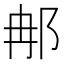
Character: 𨚗